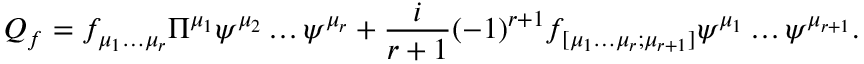
Q _ { f } = f _ { \mu _ { 1 } \dots \mu _ { r } } \Pi ^ { \mu _ { 1 } } \psi ^ { \mu _ { 2 } } \dots \psi ^ { \mu _ { r } } + \frac { i } { r + 1 } ( - 1 ) ^ { r + 1 } f _ { [ \mu _ { 1 } \dots \mu _ { r } ; \mu _ { r + 1 } ] } \psi ^ { \mu _ { 1 } } \dots \psi ^ { \mu _ { r + 1 } } .